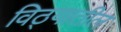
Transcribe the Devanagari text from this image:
विठ्यातील